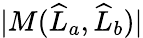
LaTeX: |M(\widehat{L}_{a},\widehat{L}_{b})|